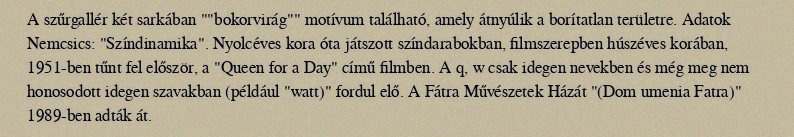
A szűrgallér két sarkában ""bokorvirág"" motívum található, amely átnyúlik a borítatlan területre. Adatok Nemcsics: "Színdinamika". Nyolcéves kora óta játszott színdarabokban, filmszerepben húszéves korában, 1951-ben tűnt fel először, a "Queen for a Day" című filmben. A q, w csak idegen nevekben és még meg nem honosodott idegen szavakban (például "watt)" fordul elő. A Fátra Művészetek Házát "(Dom umenia Fatra)" 1989-ben adták át.